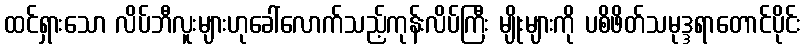
ထင်ရှားသော လိပ်ဘီလူးများဟုခေါ်လောက်သည့်ကုန်းလိပ်ကြီး မျိုးများကို ပစိဖိတ်သမုဒ္ဒရာတောင်ပိုင်း